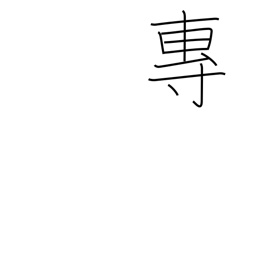
Meaning: exclusive